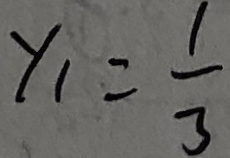
y _ { 1 } = \frac { 1 } { 3 }